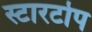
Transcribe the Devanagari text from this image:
स्टारटोप